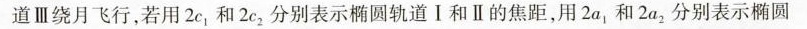
道Ⅲ绕月飞行，若用 2c_{1} 和 2c_{2} 分别表示椭圆轨道I和Ⅱ的焦距，用2a_{1}和 2a_{2} 分别表示椭圆